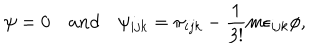
LaTeX: \psi = 0 \quad a n d \quad \psi _ { i j k } = \pi _ { i j k } - \frac { 1 } { 3 ! } m \epsilon _ { i j k } \phi ,